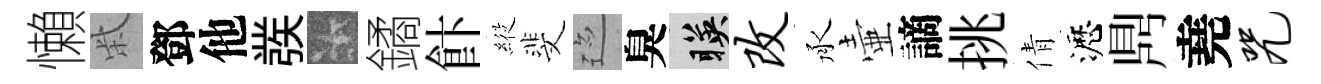
懶柴鄧他彂卡鐍飰𦂵斐迹臭暎改承壷謫挑倩瀝𪔂堯咒